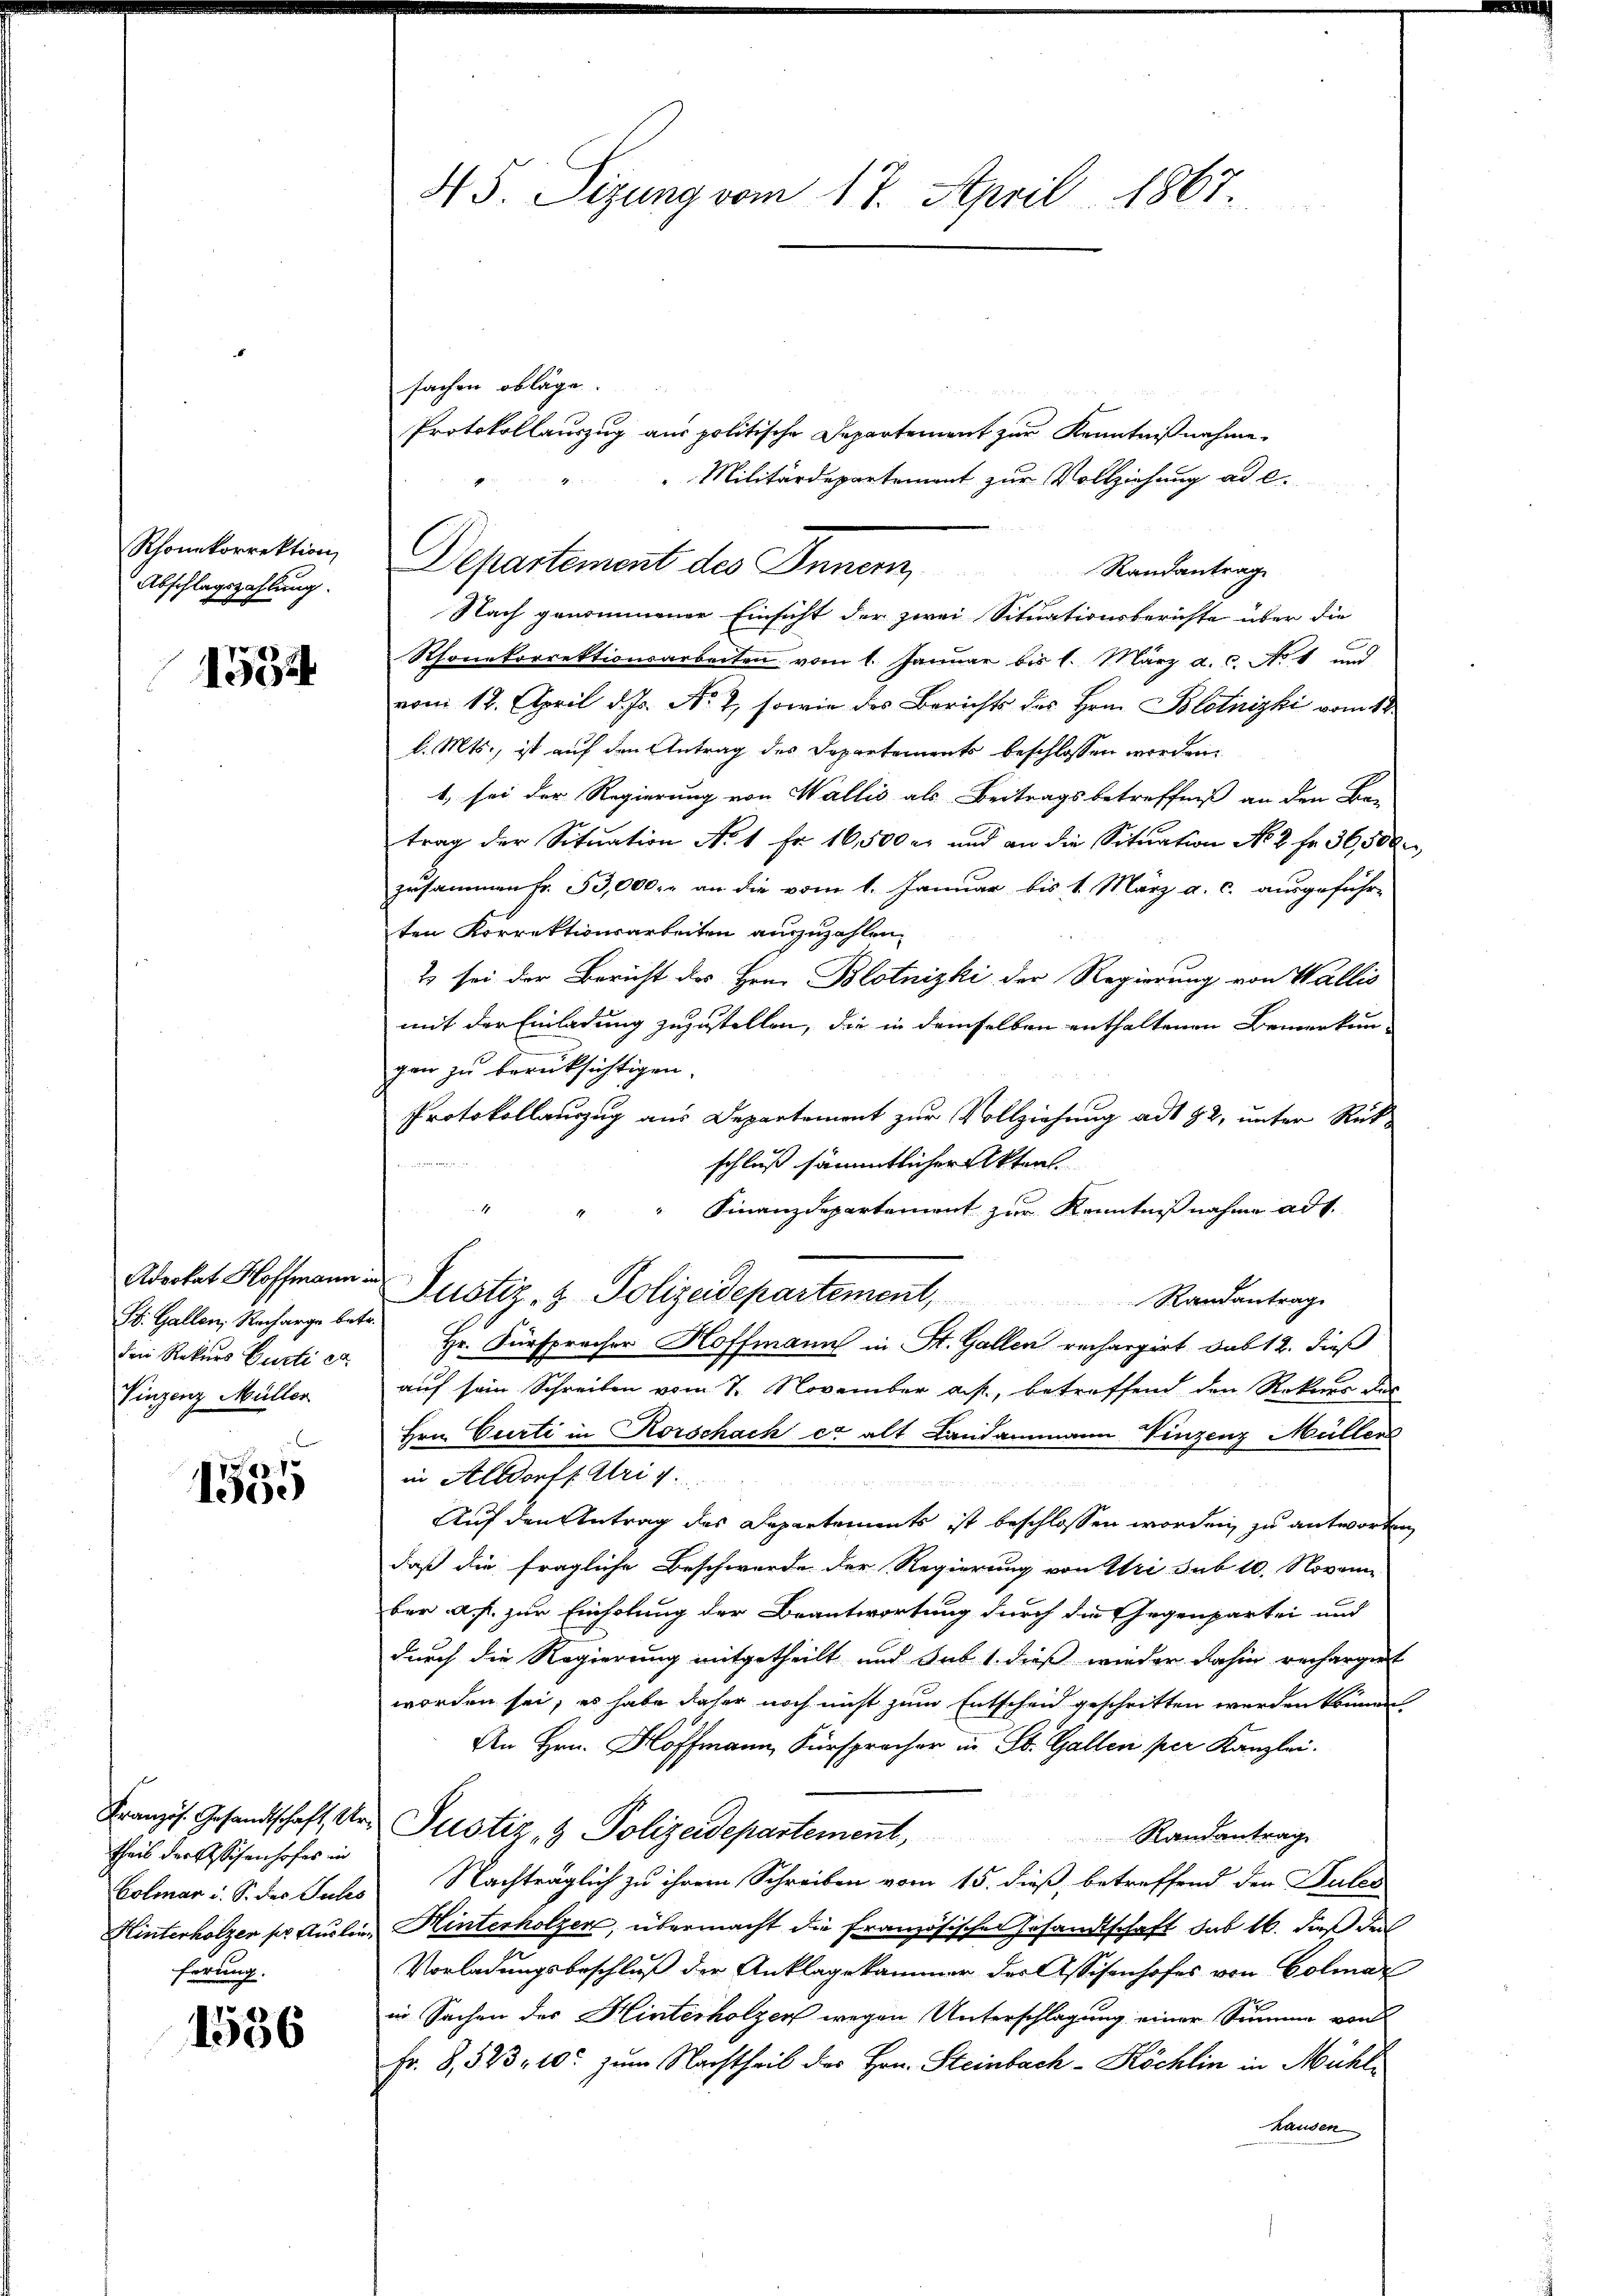
Rhonekorrektion
Abschlagszahlung.

1534

Advokat Hoffmann.
St. Gallen, Recharge betr
den Rekurs Curti ca
Vinzenz Müller

8
1300)

Französ. Gesandtschaft Urtheil der Eschenhofes in
Colmar u. S. des Subs
ferung.

1556

sachen obläge.
Protokollauszug aus politische Departement zur Kenntnißnahme
"Militärdepartement zur Vollziehung ad e.
Randantrage
Nach genommener Einsicht der zwei Situationsberichte über die
Rhonekorrektionsarbeiten vom 1. Januar bis 1. März a.c. No 1 und
vom 12. April d. Js. No 2, sowie des Berichts des Hrn. Blotnizki vom 12.
l. Mts., ist auf den Antrag des Departements beschlossen worden.
1, sei der Regierung von Wallis als Beitragsbetreffniß an den Be-
trag der Situation No 1 Fr. 16,500 er und an die Situation No 2 Fr. 36,500.
zusammen fr. 53,000. r an die vom 1. Januar bis 1. März a. c. ausgeführ-
ten Korrektionsarbeiten auszuzahlen.
2 sei der Bericht des Hrn. Blotnizki der Regierung von Wallis
mit der Einladung zuzustellen, die in demselben enthaltenen Bemerkun-
gen zu berüksichtigen.
Protokollauszug aus Departement zur Vollziehung ad 82, unter Rück-
schluß sämmtlicher Akten.
Finanzdepartement zur Kenntnißnahme ad 1.
u Justiz- & Polizeidepartement,
Randantrag
Hr. Fürsprecher Hoffmann in St. Gallen rechargirt sub 12. dieß
auf sein Schreiben vom 7. November auf, betreffend den Rekurs des
Hrn. Curti in Korschach er alt Landammann Vinzenz Müller
in Altdorff Atri 1

Auf den Antrag des Departements ist beschlossen worden, zu antworten,
daß die fragliche Beschwerde der Regierung von Uri sub 10. Novem
ber a. f. zur Einholung der Beantwortung durch die Gegenpartei und
durch die Regierung mitgetheilt und sub 1. dieß wieder dahin recharget
worden sei, es habe daher noch nicht zum Entscheid geschritten werden können.
An Hrn. Hoffmann, Fürspracher in St. Gallen per Kanzlei.
Justiz & Polizeidepartement,
Randantrag
Nachträglich zu ihrem Schreiben vom 15. dieß, betreffend den Pules
Hinterholzen fr. Auslien Hinterholzer, übermacht die Französischen Gesandtschaft das 16. dieß der
Vorladungsbeschluß der Anklagekammer des Assisenhofes von Colmar
in Sachen des Hinterholzen wegen Unterschlagung einer Summe von
Fr. 8, 523, 10 zum Nachtheil der Hrn. Steinbach-Köchlin in Mühlhausen

45. Sizung vom 17. April 1867.

Departement des Innern,